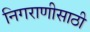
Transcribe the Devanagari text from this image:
निगराणीसाठी